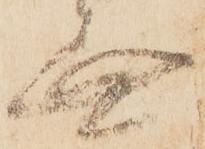
無